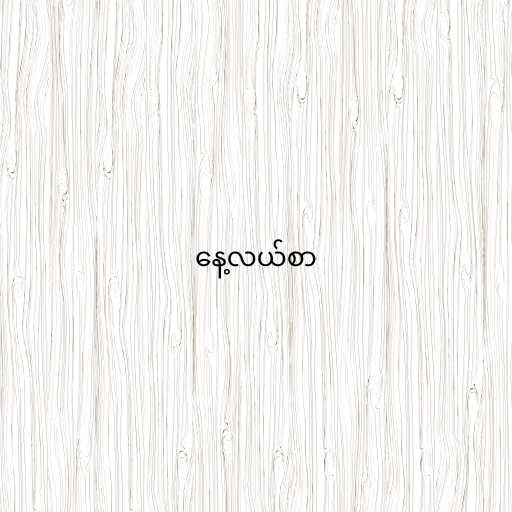
နေ့လယ်စာ